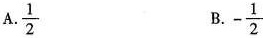
A.\frac{1}{2} B.-\frac{1}{2}